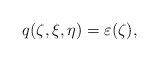
\begin{align*} q({\zeta}, \xi, \eta)=\varepsilon({\zeta}),\end{align*}